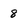
Character: 8